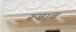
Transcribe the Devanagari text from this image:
रूबाब